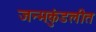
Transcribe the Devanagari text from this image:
जन्मकुंडलीत